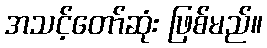
အသင့်တော်ဆုံး ဖြစ်မည်။